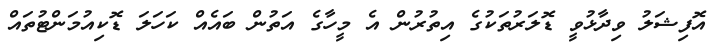
އޮފިޝަލު ވިދާޅުވީ ޑޮލަރުތަކުގެ އިތުރުން އެ މީހާގެ އަތުން ބައެއް ކަހަލަ ޑޮކިއުމަންޓުތައް